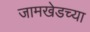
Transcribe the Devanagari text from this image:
जामखेडच्या